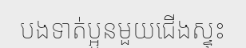
បងទាត់ប្អូនមួយជើងស្ទុះ